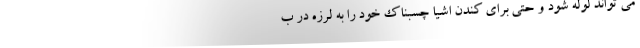
می تواند لوله شود و حتی برای کندن اشیا چسبناک خود را به لرزه در ب